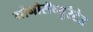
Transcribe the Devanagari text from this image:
मोनोसॅच्युरेटेड